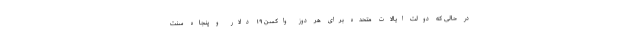
در حالی که دولت ایالات متحده برای هر دوز واکسن ۱۹ دلار و پنجاه سنت